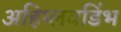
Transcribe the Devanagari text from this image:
अहिप्लवडिंभ